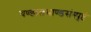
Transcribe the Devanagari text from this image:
चण्डालभाण्डसंस्पृष्टं